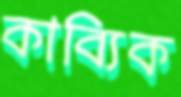
কাব্যিক